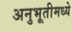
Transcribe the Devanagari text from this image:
अनुभूतीमध्ये